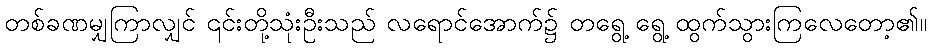
တစ်ခဏမျှကြာလျှင် ၎င်းတို့သုံးဦးသည် လရောင်အောက်၌ တရွေ့ ရွေ့ ထွက်သွားကြလေတော့၏။